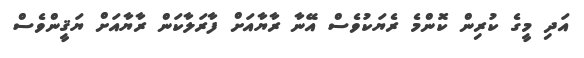
އަދި މީގެ ކުރިން ކޮންމެ ރެޔަކުވެސް އޭނާ ރާޔާއަށް ފާރަލާކަން ރާޔާއަށް ޔަޤީންވެސް